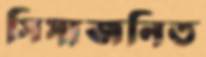
সিসাজনিত